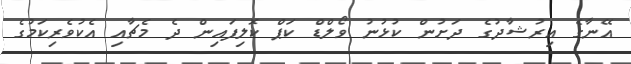
އޭނާގެ އިރުޝާދުގެ ދަށުން ކުޅުނު ވޯލްޑް ކަޕް ކޮލިފައިން ދެ މެޗާއި އެކުވެރިކަމުގެ